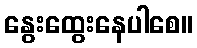
နွေးထွေးနေပါစေ။